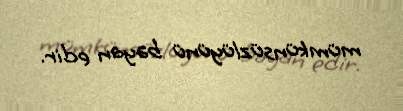
mümkünsüzlüyünü bəyan edir.